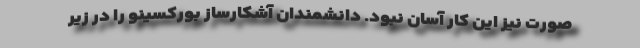
صورت نیز این کار آسان نبود. دانشمندان آشکارساز بورکسینو را در زیر